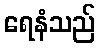
ရေနံသည်